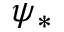
\psi _ { * }